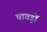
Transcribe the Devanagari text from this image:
चावड़ों